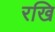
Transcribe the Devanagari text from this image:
रखि